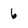
Character: 6